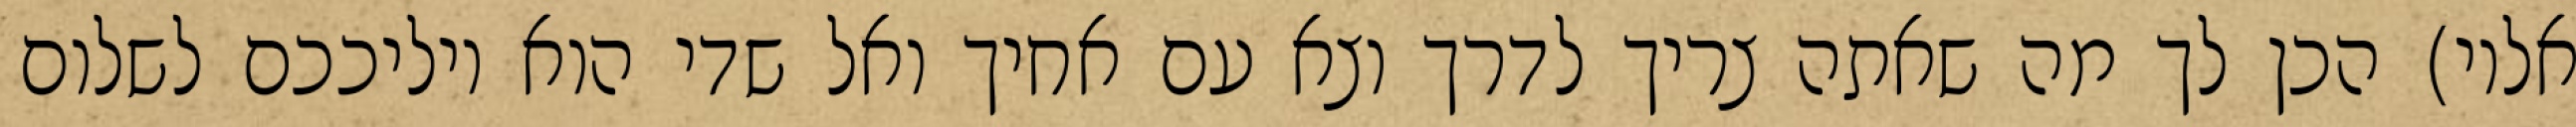
אליו) הכן לך מה שאתה צריך לדרך וצא עם אחיך ואל שדי הוא יוליככם לשלום